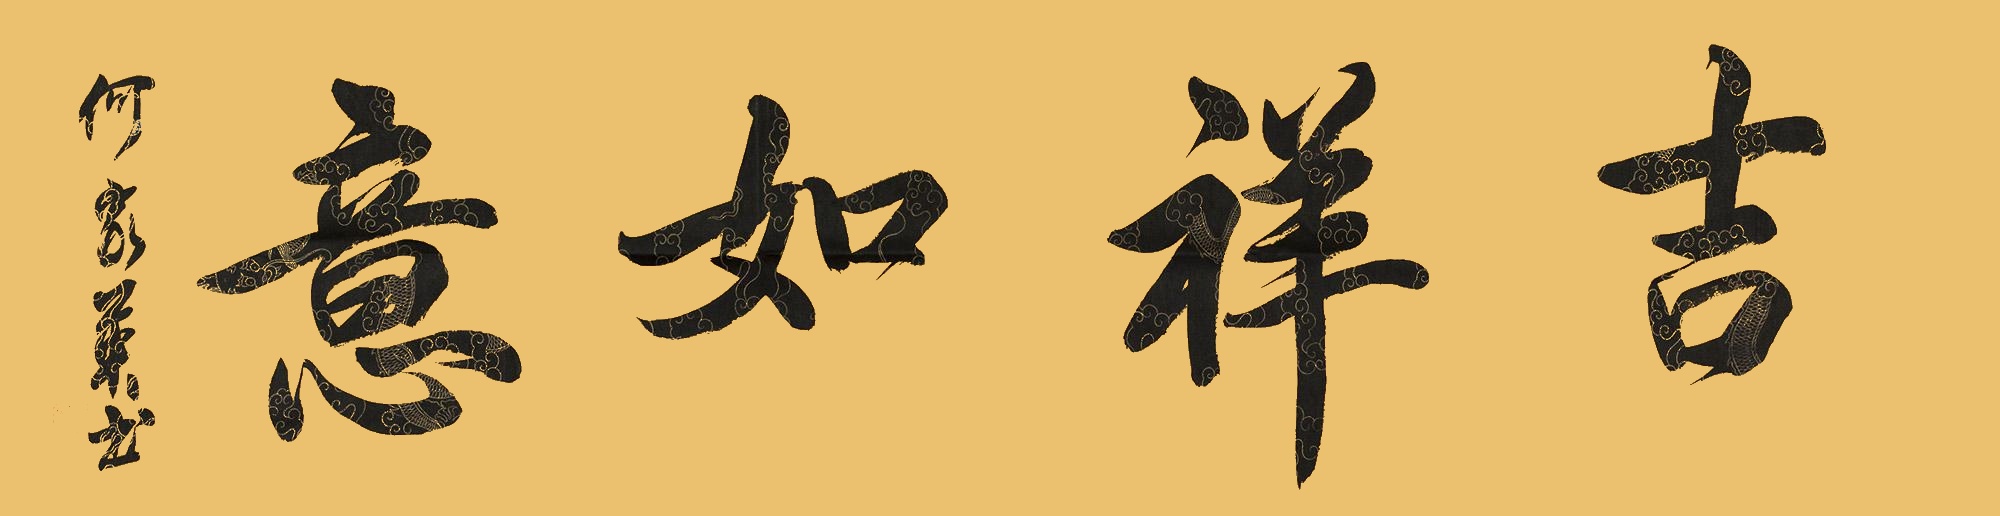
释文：吉祥如意。何家英书。